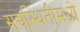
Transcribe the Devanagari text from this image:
सद्यस्थितीमध्ये